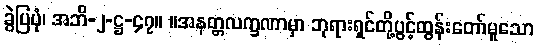
ခွဲပြပုံ၊ အဘိ-၂-ဋ္ဌ-၄၇။ ။အနတ္တလက္ခဏာမှာ ဘုရားရှင်တို့ပွင့်ထွန်းတော်မူသော